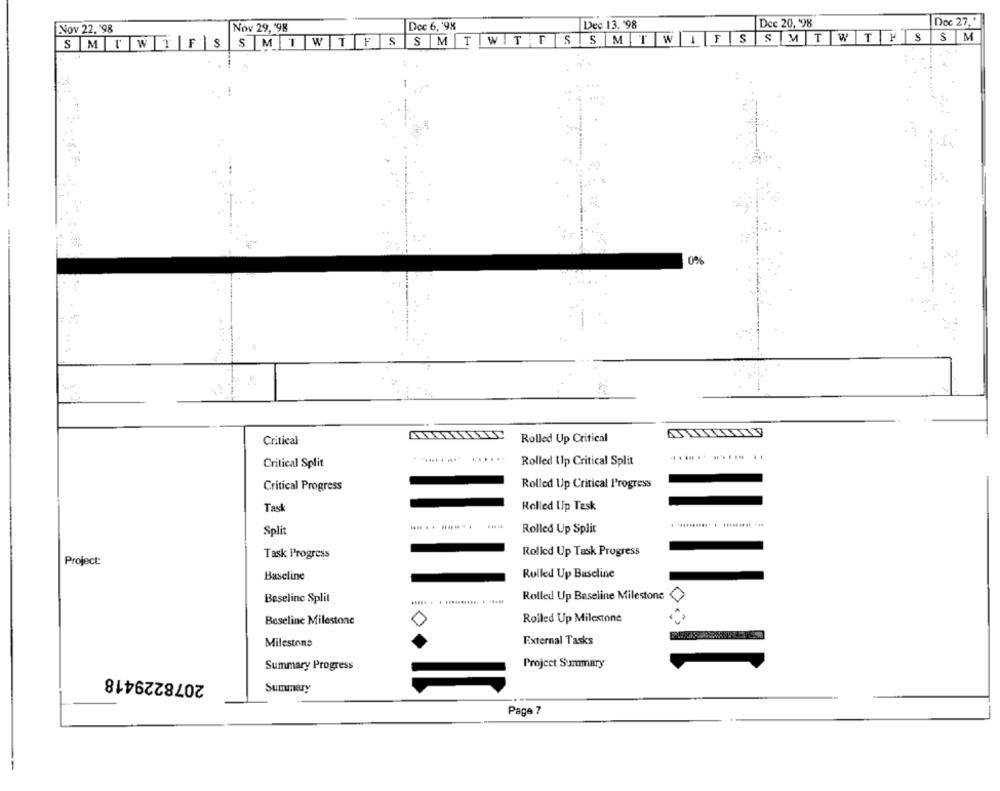
Dec 6, '98
Dec 13. '98
Dec 20, '98
Doc 27, '
Nov 22, '98
Nov 29, 198
SMTWTF SSMTWIFSSMT WTFS
SM
S M T W T F SS MT WTFS
0%
Critical
Rolled Up Critical
Critical Split
Rolled (lp Critical Split
Critical Progress
Rolled Up Critical Progress
Rolled Up Task
Task
Split
Rolled Up Split
Task Progress
Rolled Up Task Progress
Project:
Baseline
Rolled Up Baseline
Baseline Split
Rolled Up Baseline Milestone
Rolled Up Milestone
Baseline Milestone
0
External Tasks
Milestone
Project Summary
2078229418
Summary Progress
Summary
Page 7